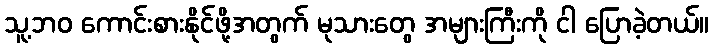
သူ့ဘဝ ကောင်းစားနိုင်ဖို့အတွက် မုသားတွေ အများကြီးကို ငါ ပြောခဲ့တယ်။